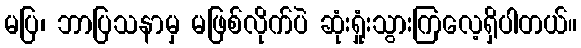
မပြ၊ ဘာပြသနာမှ မဖြစ်လိုက်ပဲ ဆုံးရှုံးသွားကြလေ့ရှိပါတယ်။